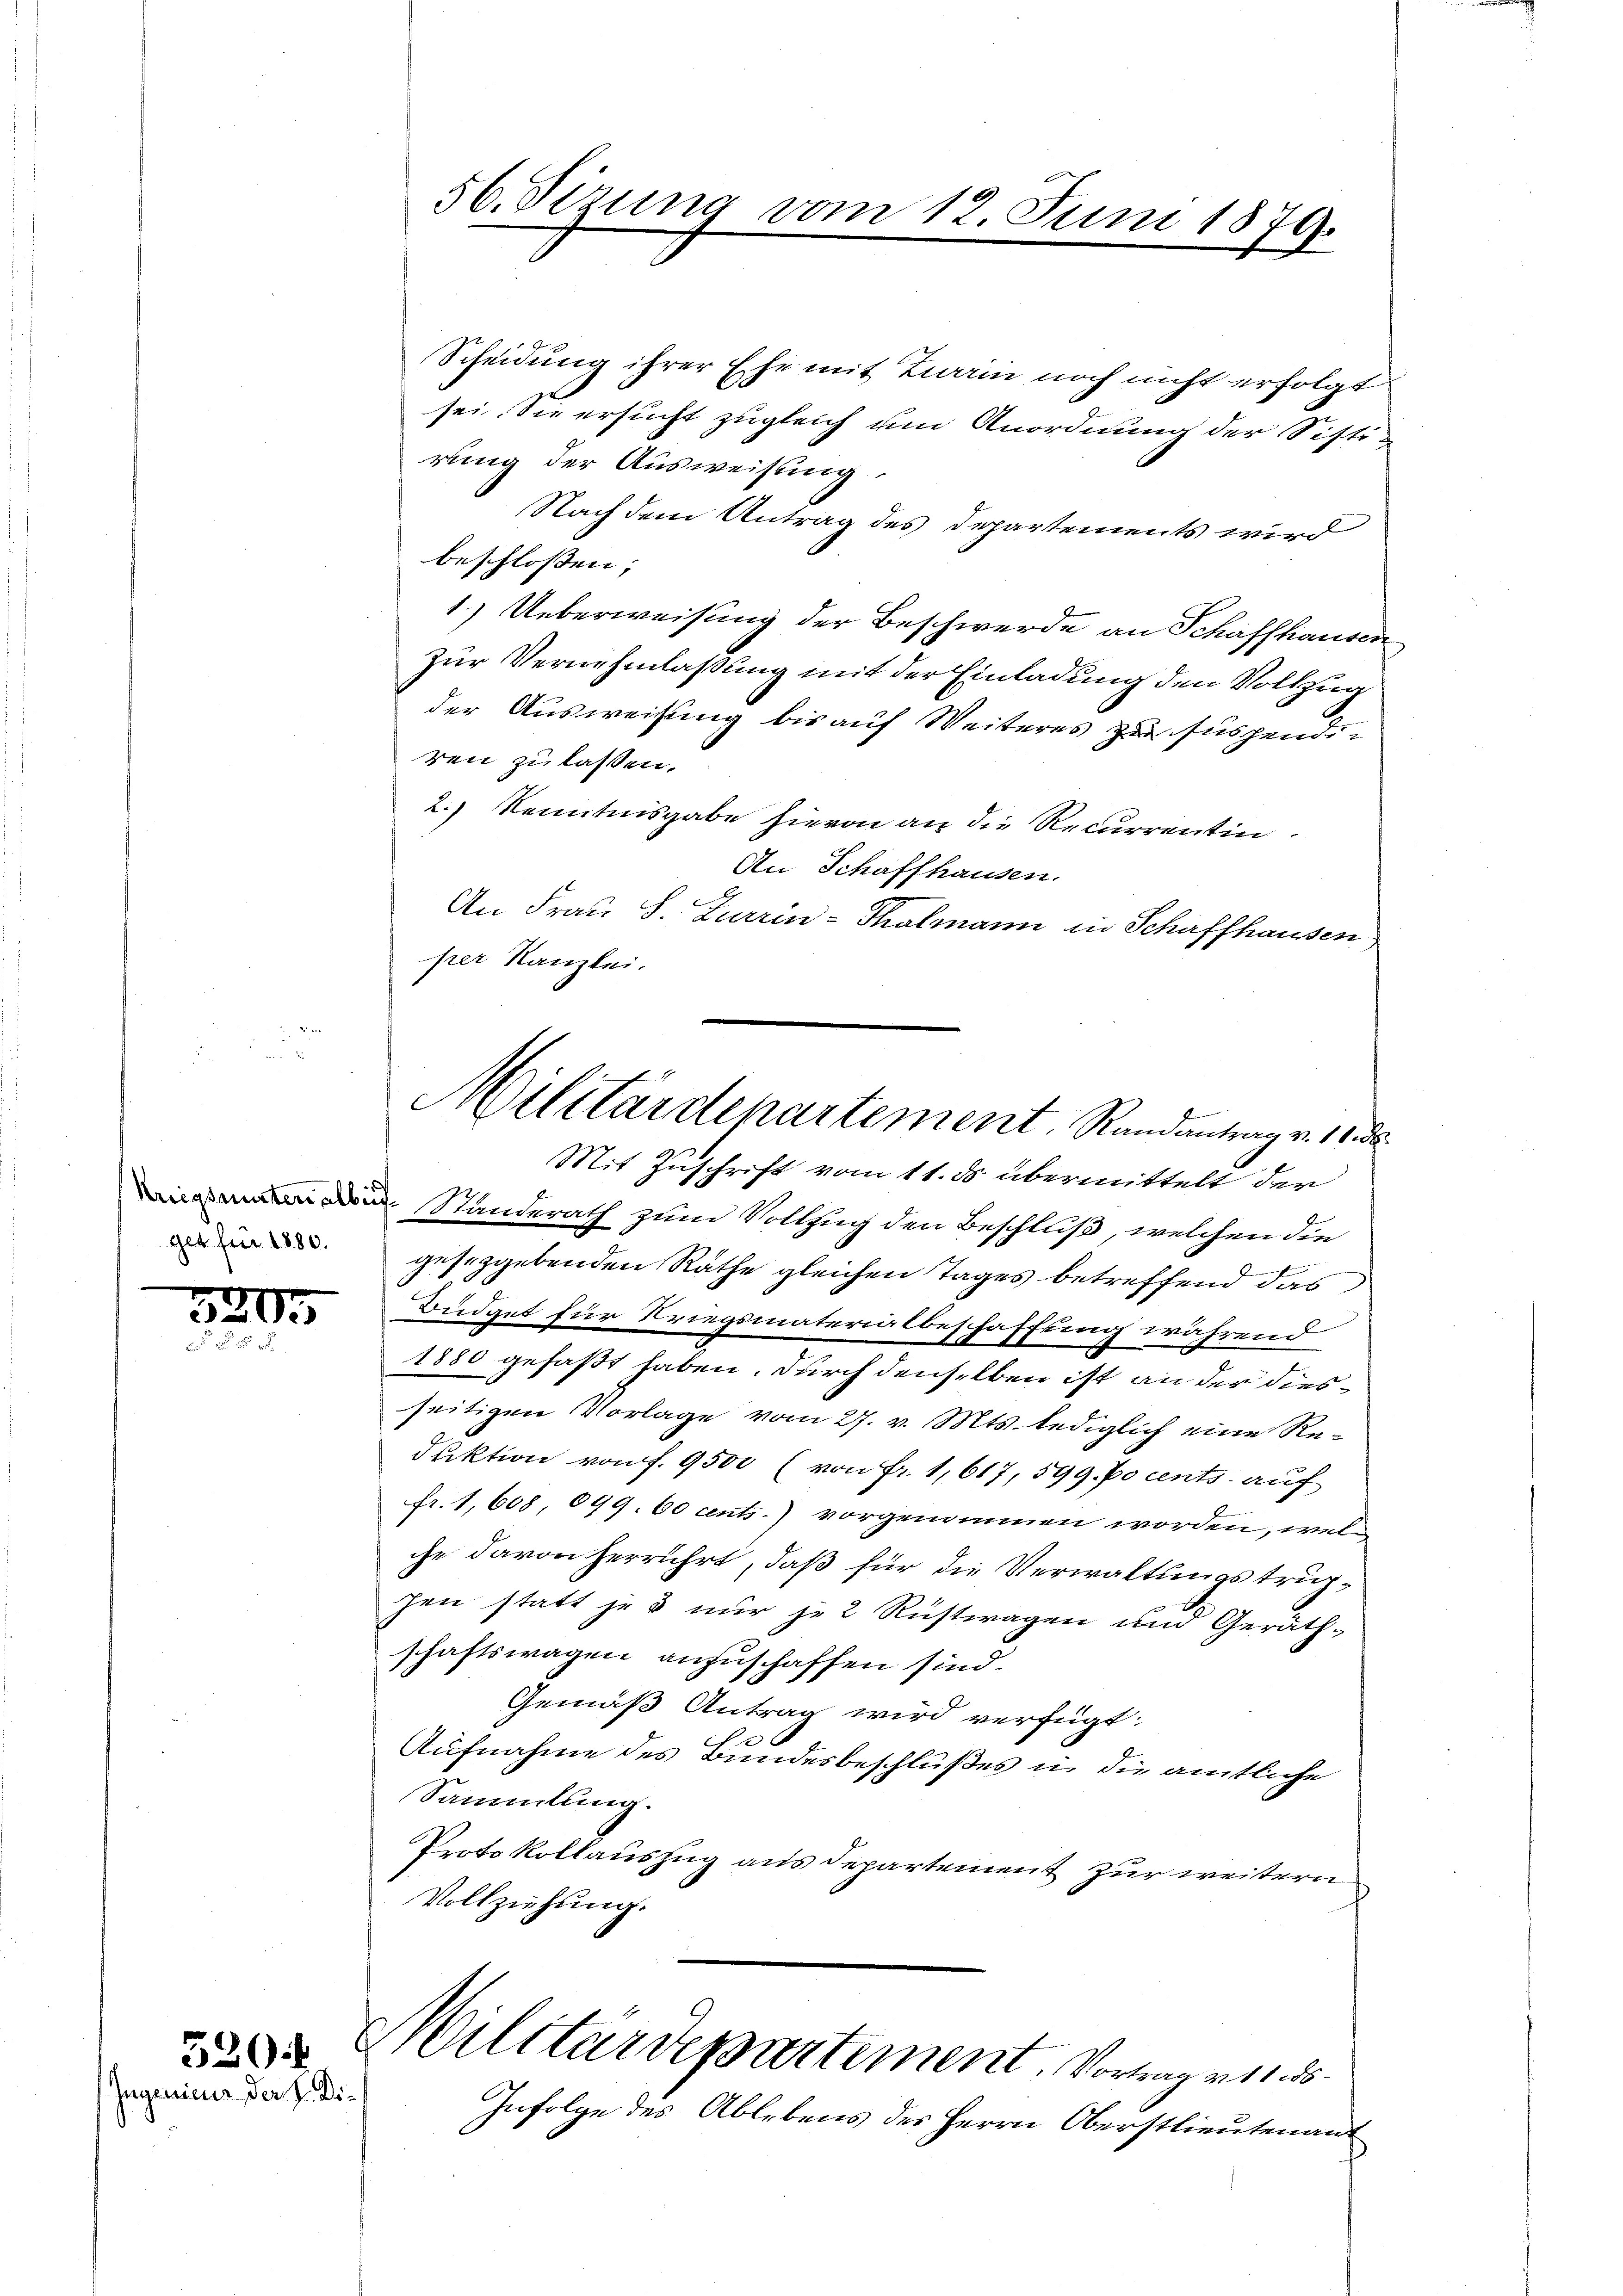
get für 1880.

520.

520.
Ingenieur der H. Di¬

56. Sizung vom 12. Juni 18
l.
t

Scheidung ihrer Ehe mit Zwerin noch nicht erfolgt.
sei. Sie ersucht zugleich um Anordnung der Sistirung der Ausweisung.
Nach dem Antrag des Departements wird
beschlossen:
1.) Ueberweisung der Beschwerde an Schaffhausen
zur Vernehmlassung mit der Einladung den Vollzug
der Ausweisung bis auf Weiteres zu suspendiren zu lassen.
2.) Kenntnisgabe hievon an die Recurrentin.
An Schaffhausen.
An Frau S. Zurrin-Thalmann in Schaffhausen
per Kanzlei.

Militärdepartement, Rundantrag v. 1. ds.
Mit Zuschrift vom 11. ds. übermittelt der

Standerath zum Vollzug den Beschluß, welchen die
d.
geseggebenden Räthe gleichen Tages betreffend das
Büdget für Kriegsmaterialbeschaffung während
1880 gefaßt haben, durch denselben ist an der diesseitigen Vorlage vom 27. v. Mts. lediglich eine Redaktion von f. 9500 (von Fr. 1,617, 599. po cents. auf
fr. 1,608, 699. 60 cents.) vorgenommen worden, welche davon herrührt, daß für die Verwaltungstruphen statt je 3 nur je Rustwagen und Geräthschaftswagen anzuschaffen sind.
Gemäß Antrag wird verfügt:
Aufnahme des Bundesbeschlußes in die amtliche
Sammlung.
Protokollauszug aus departement zur weitern
Vollziehung.
Militärdepartement. Vortrag von d
Infolge des Ablebens des Herrn Oberstlieutenant